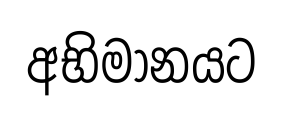
අභිමානයට